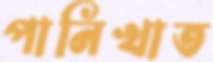
পানিখাত